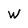
Character: w